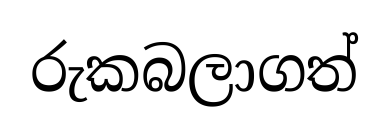
රුකබලාගත්